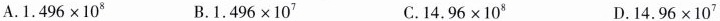
A.1.496×10^{8} B.1.496×10^{7} C.14.96×10^{8} D.14.96×10^{7}